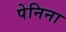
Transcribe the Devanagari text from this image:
पेनिना